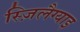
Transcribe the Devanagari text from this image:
स्ज़िलैग्याइ